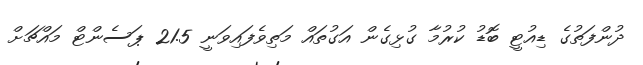
ދުންފަތުގެ ޑިއުޓީ ބޮޑު ކުރުމާ ގުޅިގެން އަގުތައް މަތިވެފައިވަނީ 21.5 ޕަސެންޓް މައްޗަށް